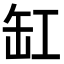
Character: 缸